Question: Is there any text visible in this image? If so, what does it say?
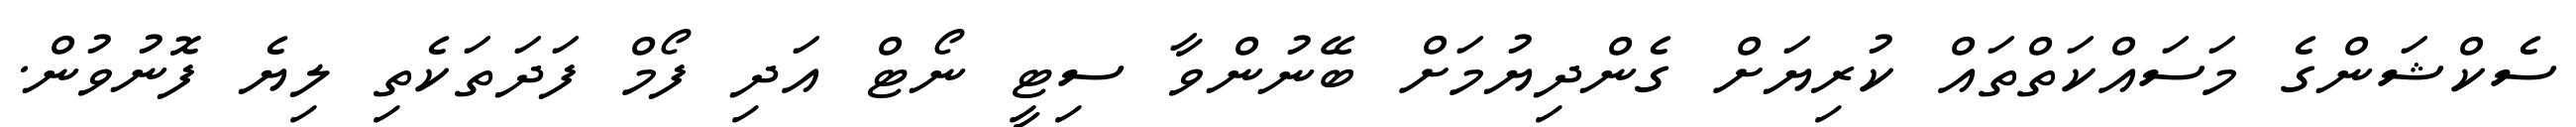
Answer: ސެކްޝަންގެ މަސައްކަތްތައް ކުރިޔަށް ގެންދިޔުމަށް ބޭނުންވާ ސިޓީ ނޯޓް އަދި ފޯމް ފަދަތަކެތި ލިޔެ ފޮނުވުން.